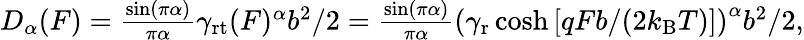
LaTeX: \begin{array}{r}{D_{\alpha}(F)=\frac{\sin(\pi\alpha)}{\pi\alpha}\gamma_{\mathrm{rt}}(F)^{\alpha}b^{2}/2=\frac{\sin(\pi\alpha)}{\pi\alpha}\left(\gamma_{\mathrm{r}}\cosh\left[qFb/(2k_{\mathrm{B}}T)\right]\right)^{\alpha}b^{2}/2,}\end{array}